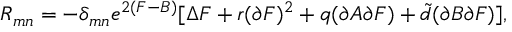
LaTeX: R _ { m n } = - \delta _ { m n } e ^ { 2 ( F - B ) } [ \Delta F + r ( \partial F ) ^ { 2 } + q ( \partial A \partial F ) + { \tilde { d } } ( \partial B \partial F ) ] ,